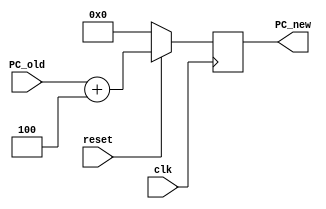
module PCAdder(clk, reset, PC_old, PC_new);

input clk,reset;
input [31:0] PC_old;

output reg [31:0] PC_new;

always@(posedge clk)begin
	if (reset == 0)
		PC_new = 32'b0;
	else
		PC_new = PC_old + 32'b100;
end
endmodule